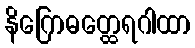
နိဂြောဓတ္ထေရဂါထာ